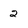
Character: 2